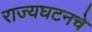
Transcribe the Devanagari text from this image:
राज्यघटनचे